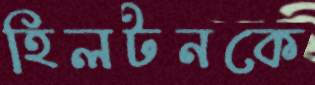
হিলটনকে